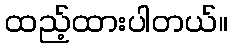
ထည့်ထားပါတယ်။